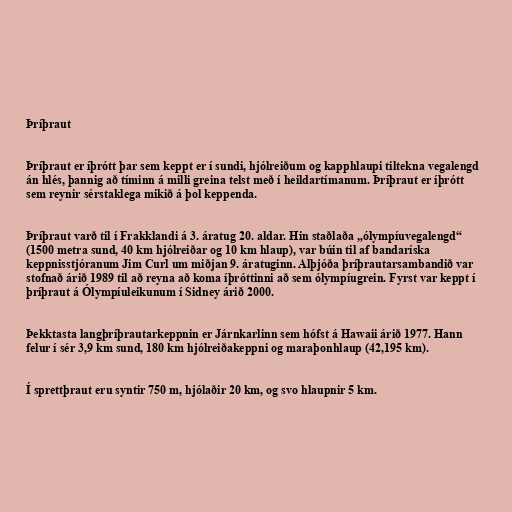
Þríþraut

Þríþraut er íþrótt þar sem keppt er í sundi, hjólreiðum og kapphlaupi tiltekna vegalengd
án hlés, þannig að tíminn á milli greina telst með í heildartímanum. Þríþraut er íþrótt
sem reynir sérstaklega mikið á þol keppenda.

Þríþraut varð til í Frakklandi á 3. áratug 20. aldar. Hin staðlaða „ólympíuvegalengd“
(1500 metra sund, 40 km hjólreiðar og 10 km hlaup), var búin til af bandaríska
keppnisstjóranum Jim Curl um miðjan 9. áratuginn. Alþjóða þríþrautarsambandið var
stofnað árið 1989 til að reyna að koma íþróttinni að sem ólympíugrein. Fyrst var keppt í
þríþraut á Ólympíuleikunum í Sidney árið 2000.

Þekktasta langþríþrautarkeppnin er Járnkarlinn sem hófst á Hawaii árið 1977. Hann
felur í sér 3,9 km sund, 180 km hjólreiðakeppni og maraþonhlaup (42,195 km).

Í sprettþraut eru syntir 750 m, hjólaðir 20 km, og svo hlaupnir 5 km.